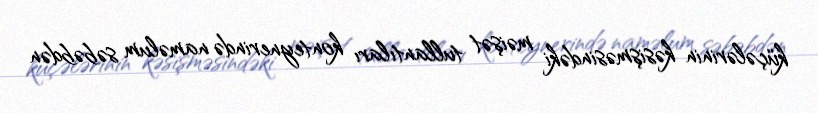
küçələrinin kəsişməsindəki məişət tullantıları konteynerində naməlum səbəbdən